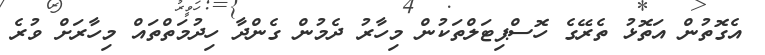
އެގޮތުން އަތޮޅު ތެރޭގެ ހޮސްޕިޓަލްތަކުން މިހާރު ދެމުން ގެންދާ ހިދުމަތްތައް މިހާރަށް ވުރެ